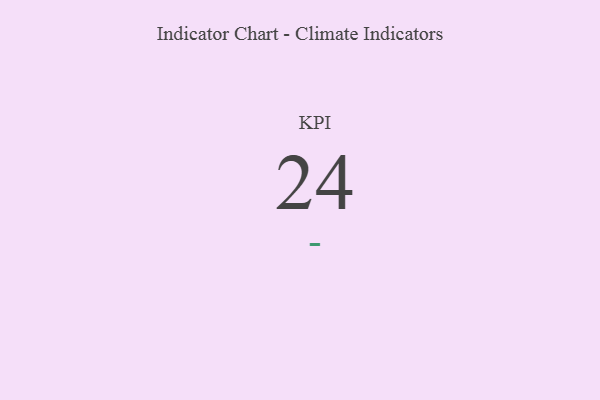
{"axis": {"x": "KPI", "y": "Value"}, "legend": [""], "data": [{"x": "KPI", "y": 24, "type": ""}]}